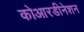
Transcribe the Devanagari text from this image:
कोआरडीनेशन